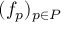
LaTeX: ( f _ { p } ) _ { p \in P }